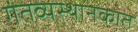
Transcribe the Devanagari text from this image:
गंतव्यस्थानकात